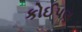
કોઈ૫ણ